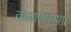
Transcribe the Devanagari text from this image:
कल्लाप्पाण्णा